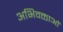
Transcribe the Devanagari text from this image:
अभिवक्ताओं